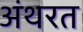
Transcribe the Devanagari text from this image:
अंथरत